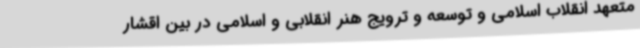
متعهد انقلاب اسلامی و توسعه و ترویج هنر انقلابی و اسلامی در بین اقشار